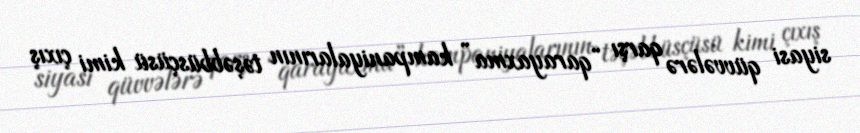
siyasi qüvvələrə qarşı “qarayaxma” kampaniyalarının təşəbbüsçüsü kimi çıxış